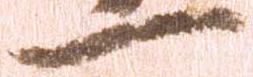
一